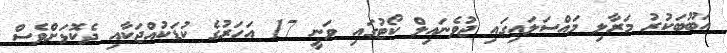
އަބޫބަކުރު މަރާލި މައްސަލައިގައި ޖުވެނައިލް ކޯޓުގައި ވަނީ 17 އަހަރުގެ ކުޑަކުއްޖަކާއި ދެކޮޅަށްވެސް